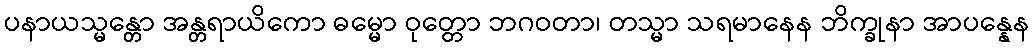
ပနာယသ္မန္တော အန္တရာယိကော ဓမ္မော ဝုတ္တော ဘဂဝတာ၊ တသ္မာ သရမာနေန ဘိက္ခုနာ အာပန္နေန